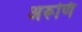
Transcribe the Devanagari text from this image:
अरूणि